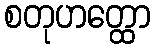
စတုဟတ္ထော